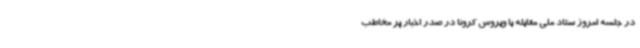
در جلسه امروز ستاد ملی مقابله با ویروس کرونا در صدر اخبار پر مخاطب